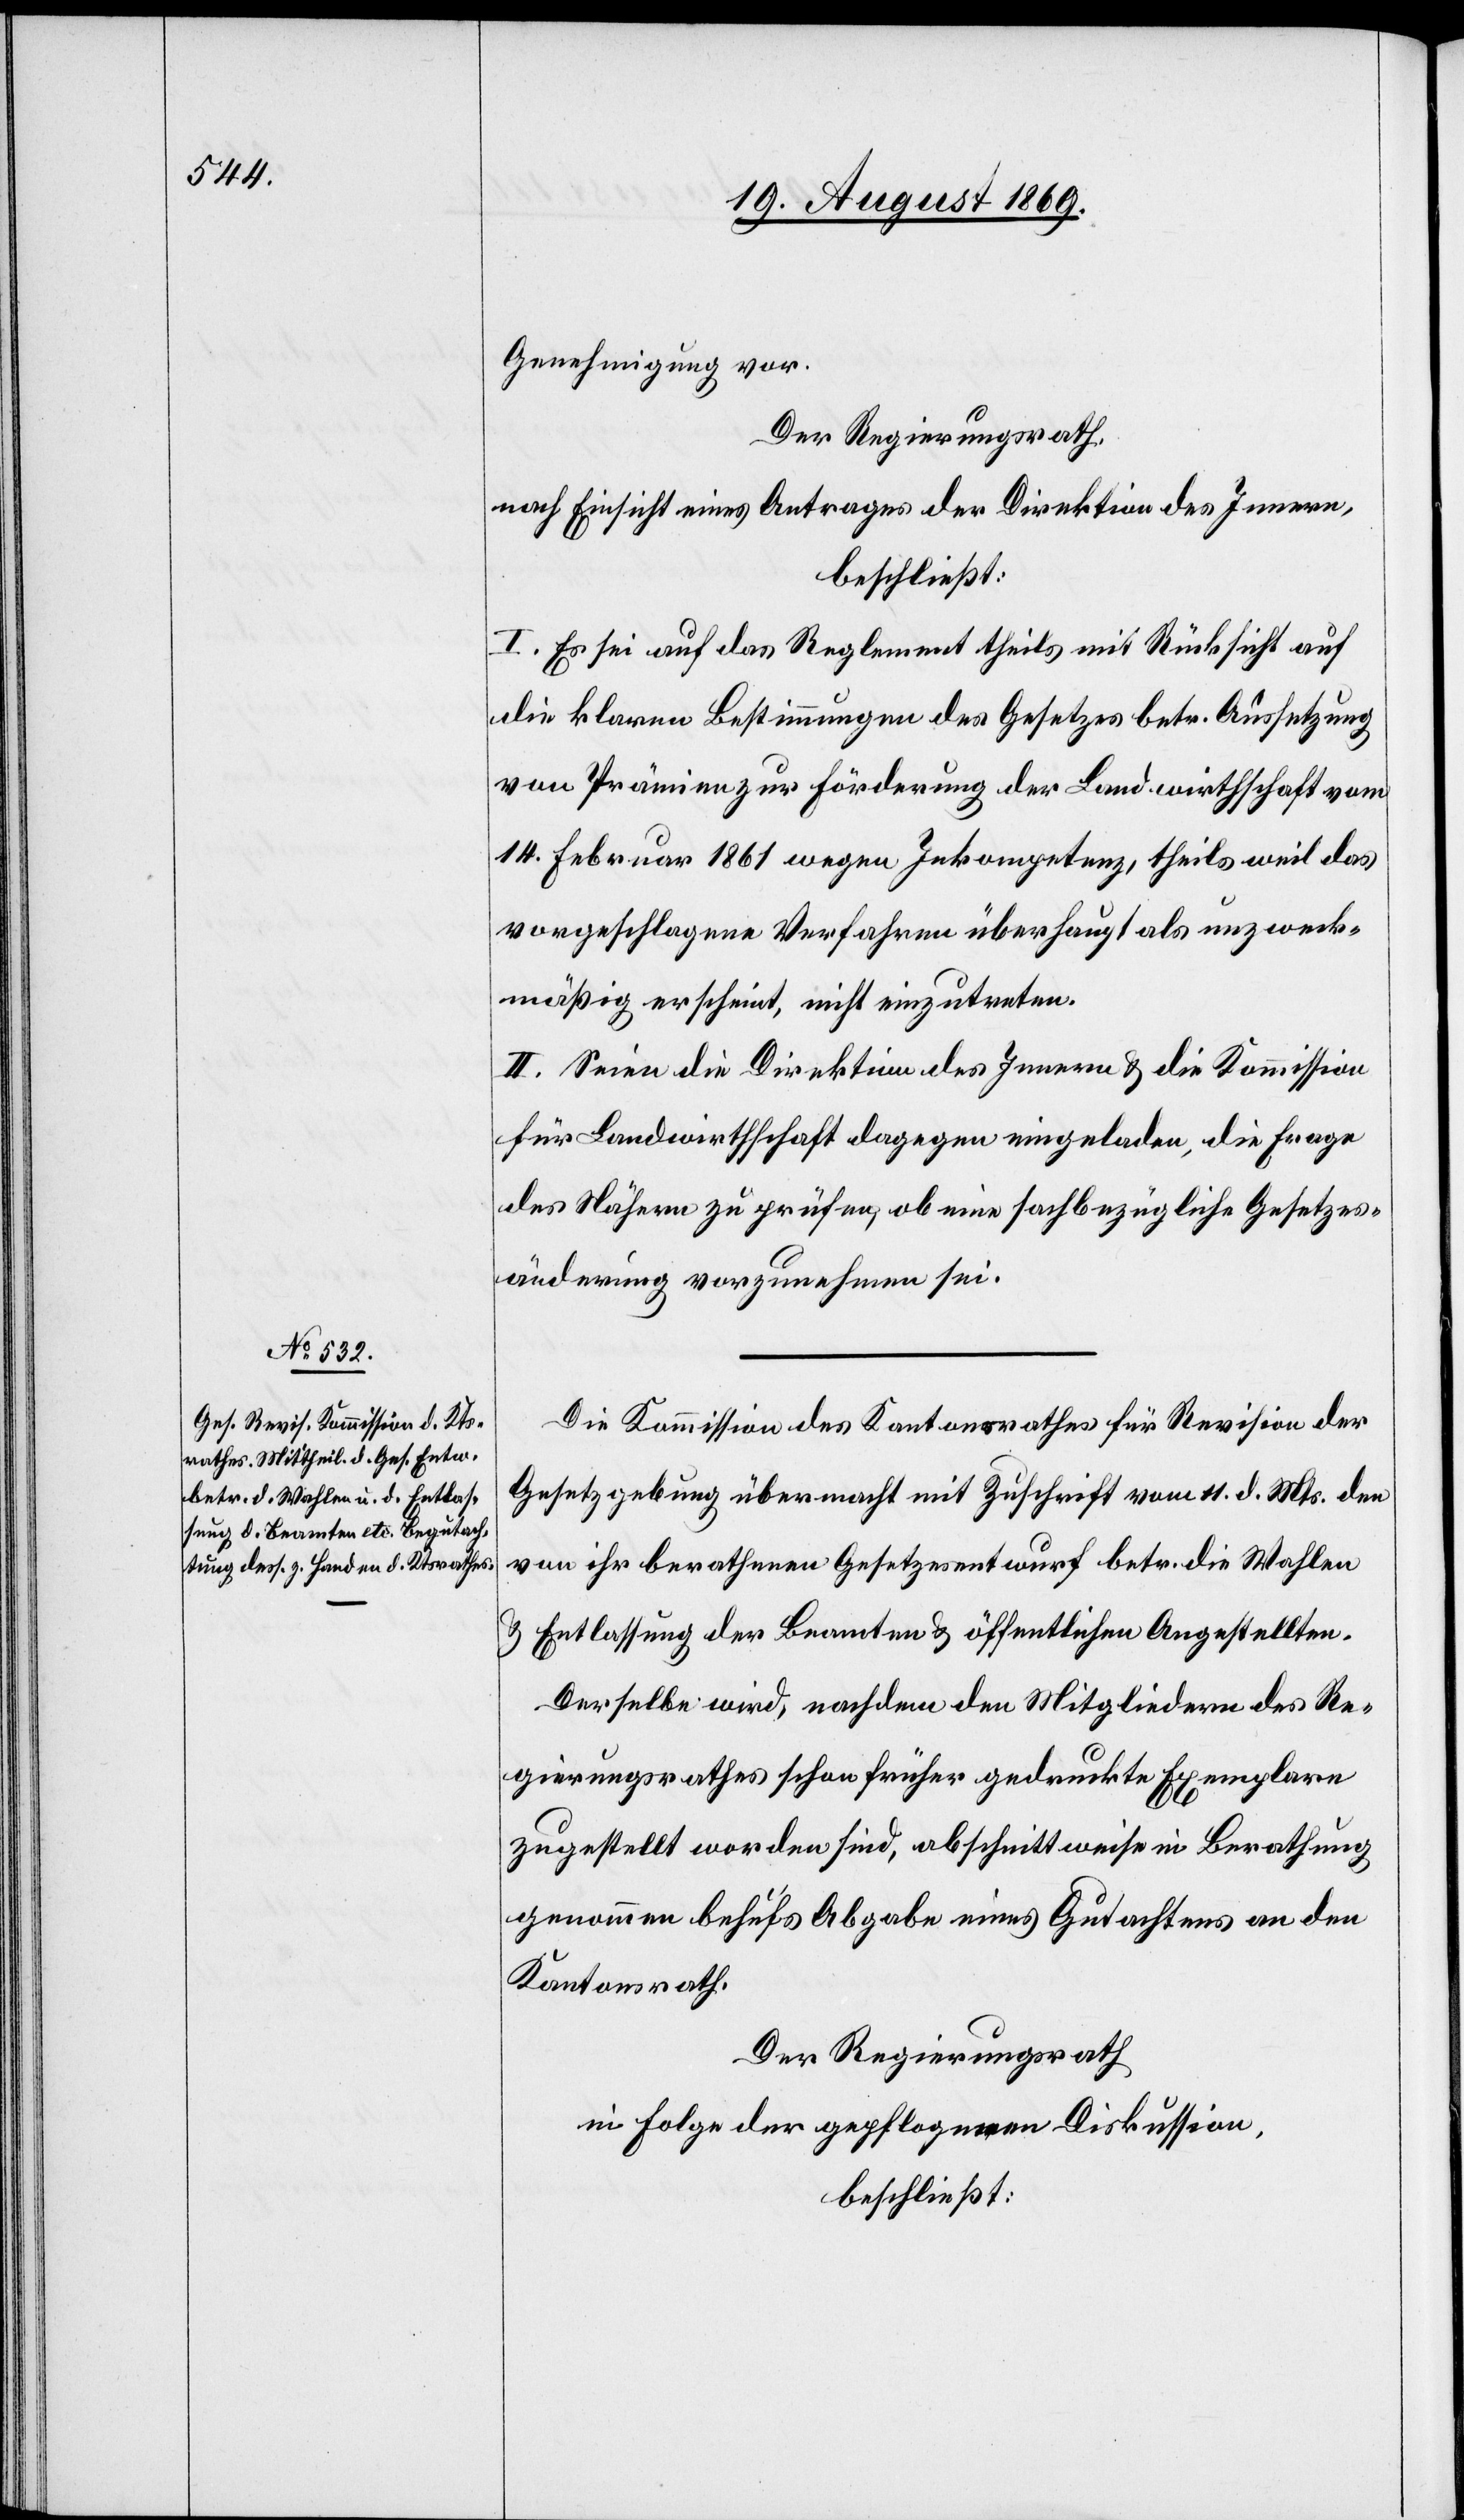
Genehmigung vor.
Der Regierungsrath,
nach Einsicht eines Antrages der Direktion des Innern,
beschließt:
I. Es sei auf das Reglement theils mit Rücksicht auf
die klaren Bestimmungen des Gesetzes betr. Aussetzung
von Prämien zur Förderung der Landwirthschaft vom
14. Februar 1861 wegen Inkompetenz, theils weil das
vorgeschlagene Verfahren überhaupt als unzweck¬
mäßig erscheint, nicht einzutreten.
II. Seien die Direktion des Innern & die Kommission
für Landwirthschaft dagegen eingeladen, die Frage
des Nähern zu prüfen, ob eine sachbezügliche Gesetzes¬
änderung vorzunehmen sei.
Die Kommission des Kantonsrathes für Revision der
Gesetzgebung übermacht mit Zuschrift vom 11. d. Mts. den
von ihr berathenen Gesetzesentwurf betr. die Wahlen
& Entlassung der Beamten & öffentlichen Angestellten.
Derselbe wird, nachdem den Mitgliedern des Re¬
gierungsrathes schon früher gedruckte Exemplare
zugestellt worden sind, abschnittweise in Berathung
genommen behufs Abgabe eines Gutachtens an den
Kantonsrath.
Der Regierungsrath
in Folge der gepflogenen Diskussion,
beschließt: